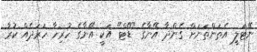
ނޭޓަލީ އެތަންތަނަށް ގެންދާ އޭނާގެ "ޑޭޓް" އަކީ އޭނާގެ ހުރިހާ ހަރަދެއް ކުރާ